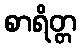
စာရိတ္တ